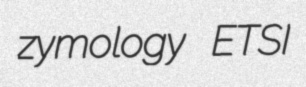
zymology ETSI